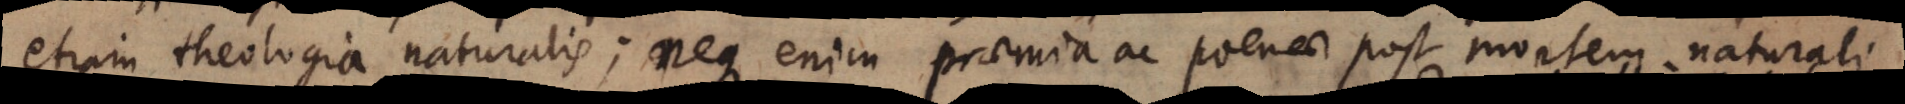
etiam theologia naturalis; neque enim praemia ac poenae post mortem naturali